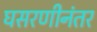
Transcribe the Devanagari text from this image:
घसरणीनंतर